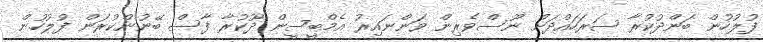
ފުލުހުން ބަންދުކުރާ ސަރަހައްދަށް ނޫސްވެރިން ވަންނައިރު އެމްބީސީން ދޫކުރާ ފާސް ބޭނުންކުރަން ފުލުހުން